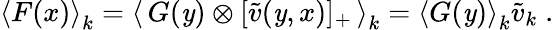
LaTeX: \left<F(x)\right>_{k}=\left<\, G(\mathit{y})\otimes[\tilde{{v}}(\mathit{y},x)]_{+}\, \right>_{k}=\left<G(\mathit{y})\right>_{k}\tilde{{v}}_{k}\; .